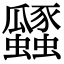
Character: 瓥